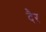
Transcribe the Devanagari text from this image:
दैर